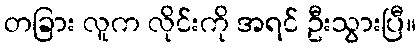
တခြား လူက လိုင်းကို အရင် ဦးသွားပြီ။